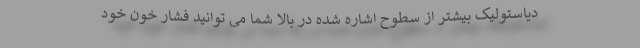
دیاستولیک بیشتر از سطوح اشاره شده در بالا شما می توانید فشار خون خود